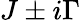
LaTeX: J\pm i\Gamma